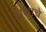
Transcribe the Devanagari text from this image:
धशाचे